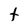
Character: t